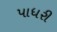
પાધરી